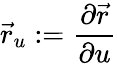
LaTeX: {\vec{r}}_{u}:={\frac{\partial{\vec{r}}}{\partial u}}